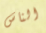
الناس